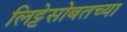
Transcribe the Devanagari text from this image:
लिट्टेसोबतच्या